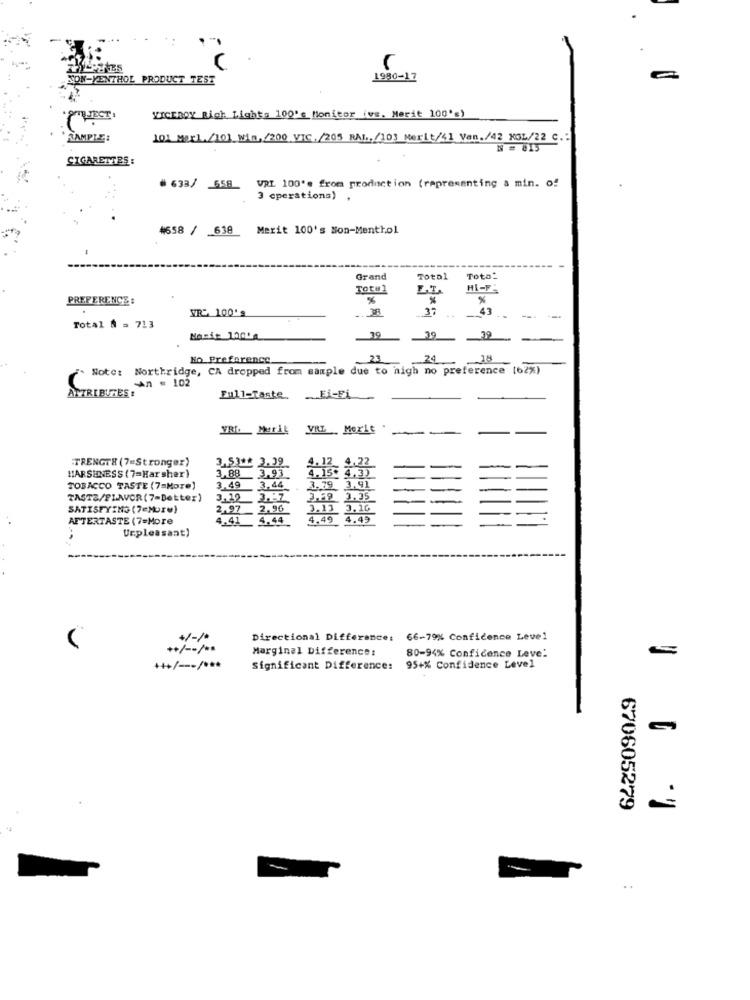
NON-YENTHOL PRODUCT TEST
1980-17
FELJECT
"ICEBOY Rich Lights 100'e Monitor (vs. Merit 100's)
RAMPIE:
101 MarL./10] wis,/200 VIC./205 RAL,/103 Merit/41 Van./42 MOL/22 C .:
N = 815
CIGARETTES:
# 633/ 558 VRI 100'e from production (representing a min. of
3 cperations) .
#658 / 638 Merit 100's Non-Menthol
Grand
Total
Total
Total
HI-F.
PREFERENCE :
%
VR: 100'
38
37
43
Total A = 713
29
39
Ho Preference
23
24
.18
Note: Northridge, CA dropped from sample due to nigh no preference (62%)
n = 102
ATTRIBUTES :
Full-Taste
.Ei-Fi
YRio Merit
VRL .Merle
TRENGTE (7=Stronger)
3,53 ** 3.39
4.12 4.22
3.88
3.93
4.15. 4,3)
HARSHNESS (7=Harsher)
TOBACCO TASTE (7=More)
3.49
3,44
3.79 3,91
TASTE/FLAVOR(7-Better)
3.20
3.69 3.35
SATISFYING (7=More)
2.97
2.90
3.13
3.16
AFTERTASTE (7=More
4,41
4.44
4,49
4.49
Unpleasant)
+/-/
Directional Difference: 66-79% Confidence Level
++/ -- / **
Marginal Difference:
80-94% Confidence Leve:
+++/ --- / ***
Significant Difference:
95+% Confidence Level
670605279
..